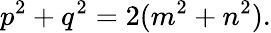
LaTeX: \displaystyle p^{2}+q^{2}=2(m^{2}+n^{2}).